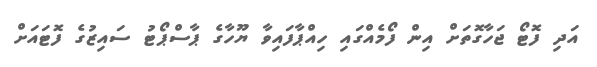
އަދި ފޮޓޯ ޖަހާގޮތަށް އިން ފޯމެއްގައި ހިއްޕާފައިވާ ޔޫހާގެ ޕާސްޕޯޓު ސައިޒުގެ ފޮޓައަށް